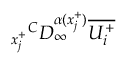
{ _ { x _ { j } ^ { + } } } ^ { C } D _ { \infty } ^ { \alpha ( x _ { j } ^ { + } ) } \overline { { U _ { i } ^ { + } } }